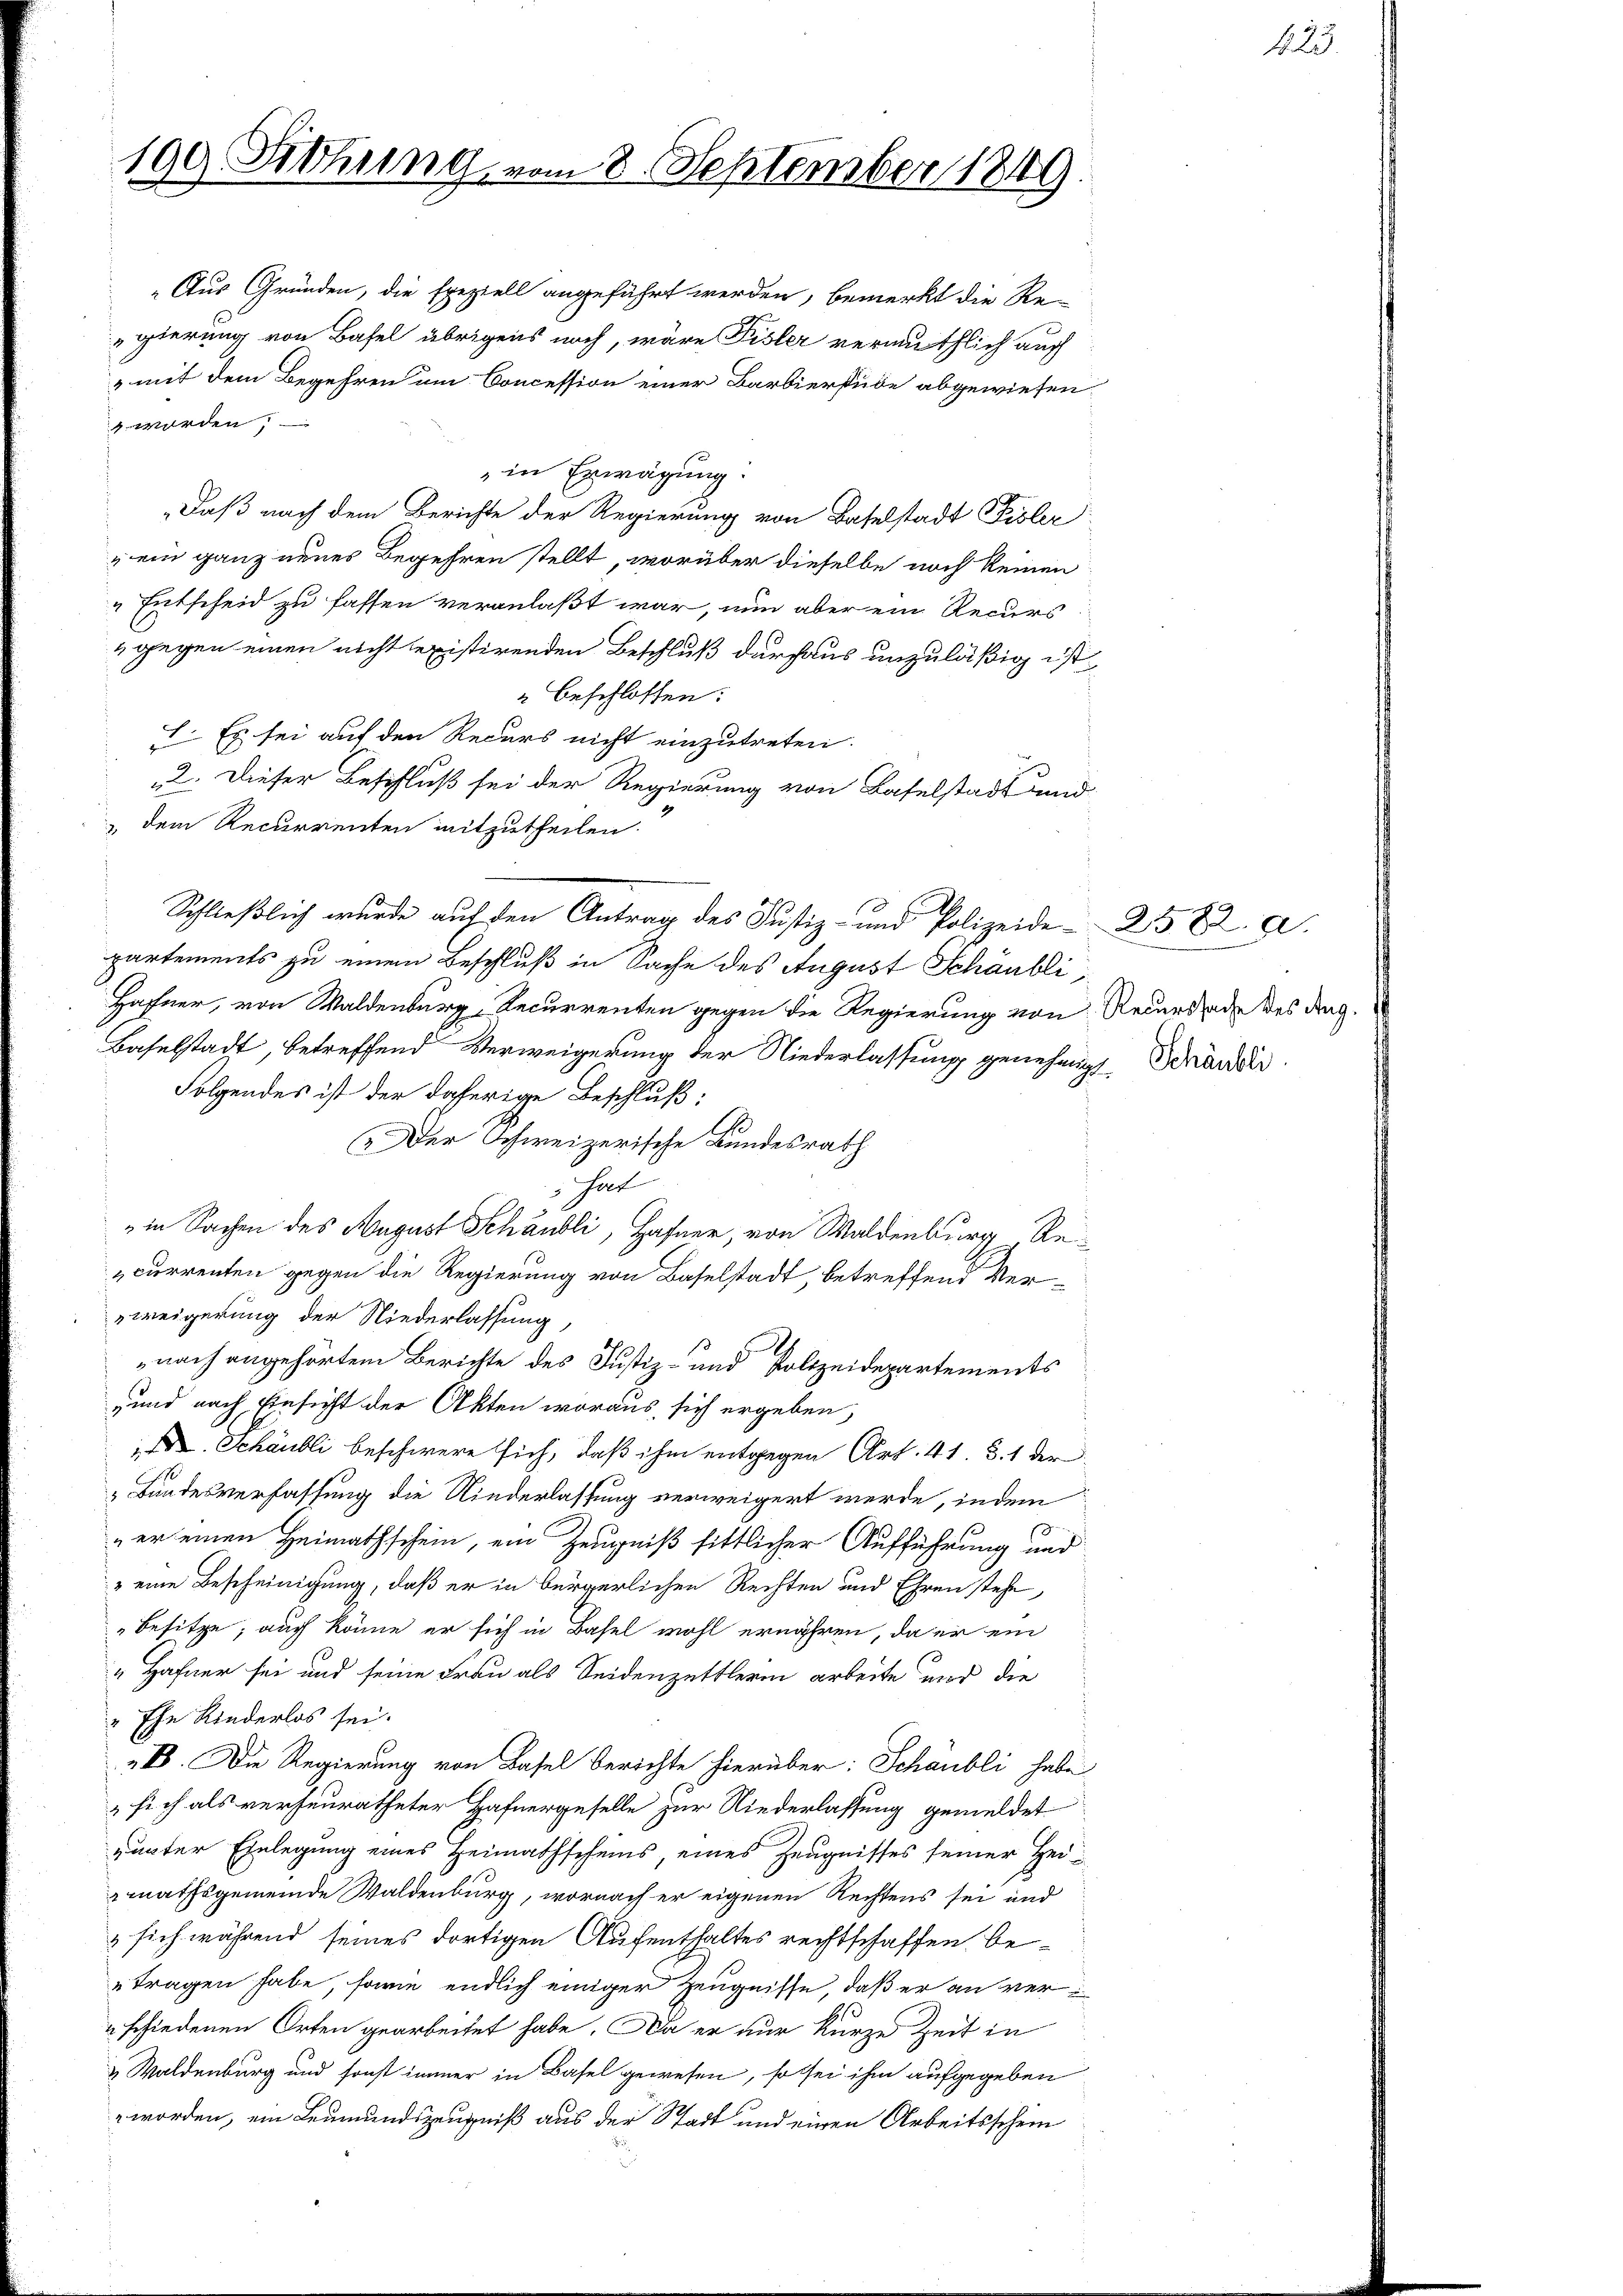
109 Sitzung vom 8. September 1849.

gierung von Basel übrigens noch, wäre Pisler vermuthlich auch
„mit dem Begehren um Concession einer Barbierstube abgewiesen,
 worden,
in Erwägung:
Daß nach dem Berichte der Regierung von Baselstadt Fisler
“ ein ganz neues Begehren stellt, worüber dieselbe noch keinen
" Entscheid zu fassen veranlaßt war, nun aber ein Recurs
4 gegen einen nicht existirenden Beschluß daraus unzuläßig ist,
" beschlossen:
 Es sei auf den Recurs nicht einzutreten.
„2. Dieser Beschluß sei der Regierung von Baselstadt und
 dem Recurrenten mitzutheilen.
partements zu einem Beschluß in Sache des August Schäubli,
Hafner, von Waldenburg, Recurrenten gegen die Regierung von Recurs ad des ding¬
Baselstadt, betreffend Verweigerung der Niederlassung genehmigt. Bränder
Folgendes ist der daherige Beschluß:
Der Schweizerische Bundesrath
hat
in Sachen des August Schaubli, Hafner, von Waldenburg Recurrenten gegen die Regierung von Baselstadt, betreffend Ver-
weigerung der Niederlassung,
nach angehörtem Berichte des Justiz- und Polizeidepartements
und nach Einsicht der Akten woraus, sich ergeben,
 Schäubli beschwere sich, daß ihm entgegen Art. 41. d. 1 der
Bundesverfassung die Kinderlassung verweigert werde, indem
„er einen Heimathschein, ein Zeugniß sittlicher Aufführung und
" eine Bescheinigung, daß er in bürgerlichen Rechten und Ehren stehe
Besitze; auch könne er sich in Basel wohl ernähren, da er ein
"Hafner sei und seine Frau als Seidenzettlerin arbeite und die
Ehe Kinderlos sei.
„B. Die Regierung von Basel berichte hierüber: Schäubli habe
 sich als verheuratheter Hafnergeselle zur Niederlassung gemeldet
punter Einlegung eines Heimathscheins, eines Zeugnisses seiner Heimathsgemeinde Waldenburg, wornach er eigenen Rechtens sei und
 sich während seines dortigen Aufenthaltes rechtschaffen, betragen habe, sowie endlich einiger Zeugnisse, daß er an ver¬
" schiedenen Orten gearbeitet habe. Da er nur kurze Zeit in
& Waldenburg und sonst immer in Basel gewesen, so sei ihm aufgegeben
worden, ein Leumundszeugniß aus der Stadt und einen Arbeitsschein

"Aus Gründen, die speziell angeführt werden, bemerkt die Re-

Schließlich wurde auf den Antrag des Justiz- und Polizeide¬

2582. a.

423.